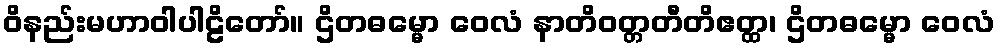
ဝိနည်းမဟာဝါပါဠိတော်။ ဌိတဓမ္မော ဝေလံ နာတိဝတ္တတီတိဧတ္ထ၊ ဌိတဓမ္မော ဝေလံ